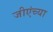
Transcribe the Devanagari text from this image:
जीएंच्या